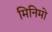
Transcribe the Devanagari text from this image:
मिनिमो